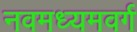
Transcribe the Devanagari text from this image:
नवमध्यमवर्ग